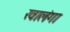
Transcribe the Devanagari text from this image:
खालंगा